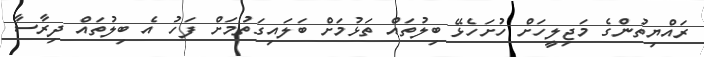
ރައްޔިތުންގެ މަޖިލީހަށް ހުށަހެޅޭ ބިލުތައް ތަޅުމަށް ބަލައިގަތުމަށް ފަހު އެ ބިލުތައް ދިރާސާ